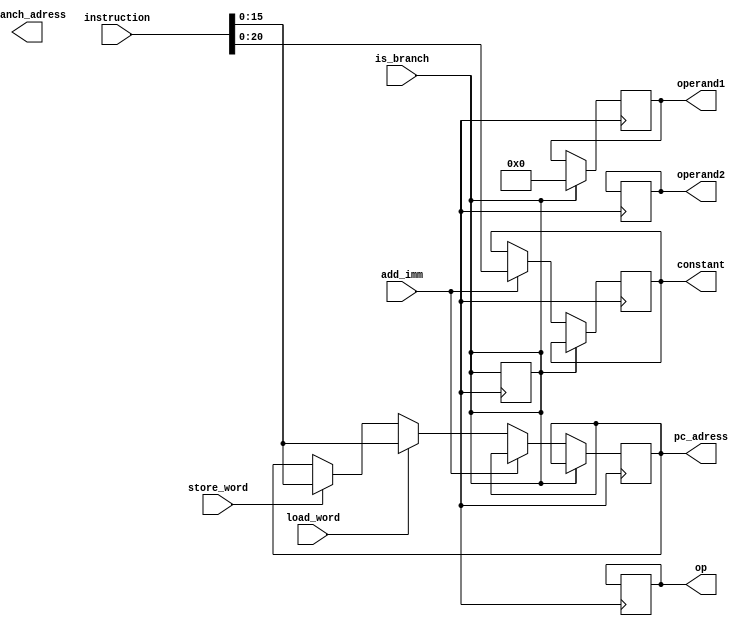
module Instruction_Decoder(
    input [31:0] instruction,
    input is_branch,
	 input add_imm,
	 input load_word,
	 input store_word,
	 output [5:0] op,
	 output [20 : 0] constant,
	 output [15 : 0] pc_adress,
	 output branch_adress,
    output [4:0] operand1,
    output [4:0] operand2
    );

assign op = instruction[31 : 26];
assign operand1 = instruction[25 : 21];
assign operand2 = instruction[20 : 16];

always@(posedge clk)begin
	if(is_branch == 1)begin
		is_branch = is_branch;
		operand1 = 5'b0;
	end
	else if(add_imm == 1)begin
		operand1 = instruction[25:21];
		constant = instruction[20 : 0];
	end
	else if(load_word == 1)begin
		operand1 = instruction[25:21];
		operand2 = instruction[20:16];
		pc_adress = instruction[15:0];
		
	end
	else if(store_word == 1)begin
		operand1 = instruction[25:21];
		operand2 = instruction[20:16];
		pc_adress = instruction[15:0];
		
	end
	else begin
			op = instruction[31 : 26];
			operand1 = instruction[25 : 21];
			operand2 = instruction[20 : 16];
	end

end
endmodule